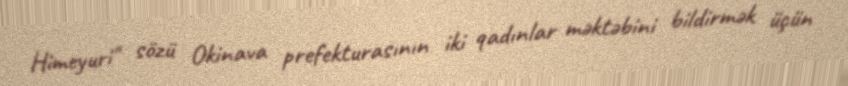
Himeyuri" sözü Okinava prefekturasının iki qadınlar məktəbini bildirmək üçün